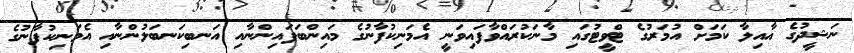
ނަޝީދުގެ އާއިލާ ކަމަށް އުމަރުގެ ޓްވީޓުގައި މާނަކުރައްވާފައިވަނީ އެމަނިކުފާނުގެ މައިންބަފައިންނާއި އަނބިކަނބަލުންނާއި އެމަނިކުފާނުގެ